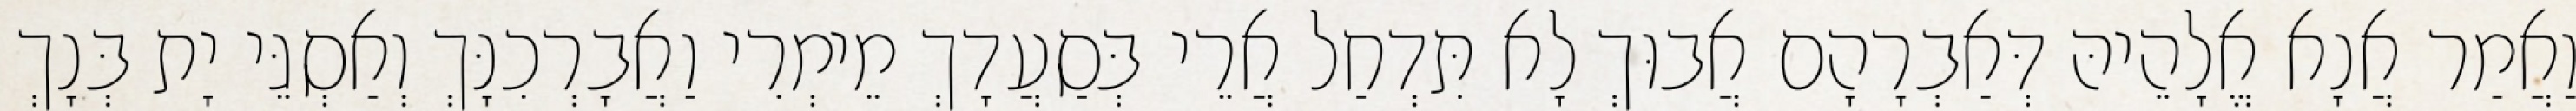
וַאֲמַר אֲנָא אֱלָהֵיהּ דְּאַבְרָהָם אֲבוּךְ לָא תִּדְחַל אֲרֵי בְּסַעֲדָךְ מֵימְרִי וַאֲבָרְכִנָּךְ וְאַסְגֵּי יָת בְּנָךְ